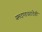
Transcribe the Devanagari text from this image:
यमदण्डधरादेवी